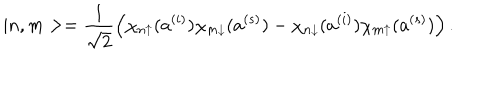
LaTeX: | n , m > = \frac { 1 } { \sqrt { 2 } } \left( \chi _ { n \uparrow } ( a ^ { ( i ) } ) \chi _ { m \downarrow } ( a ^ { ( s ) } ) - \chi _ { n \downarrow } ( a ^ { ( i ) } ) \chi _ { m \uparrow } ( a ^ { ( s ) } ) \right) .